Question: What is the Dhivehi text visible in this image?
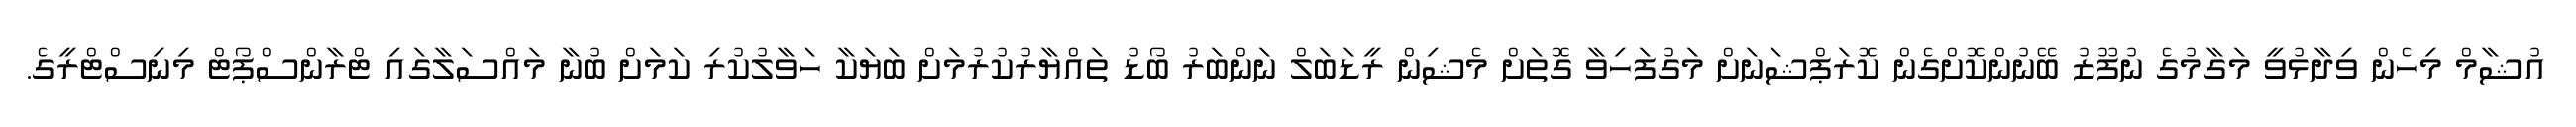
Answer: އުޝާމް މިހެން ވިދާޅުވީ މަގާމުގެ ނުފޫޒު ބޭނުންކޮށްގެން ކޮރަޕްޝަނަށް މަގުފަހިވާ ގޮތަށް މެޝިން ރީޑަބަލް ނަންބަރު ބޯޑު ތައްޔާރުކުރުމަށް ބަޔަކާ ހަވާލުކުރި ކަމަށް ބުނާ މައްސަލާގައި ޓްރާންސްޕޯޓް މިނިސްޓްރީގެ.